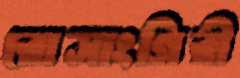
রোসাংগিরী